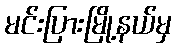
မင်းပြားမြို့နယ်မှ